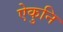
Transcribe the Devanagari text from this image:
ऐकुनि